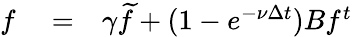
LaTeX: \begin{array}{rlr}{f}&{{}=}&{\gamma\widetilde{f}+(1-e^{-\nu\Delta t})Bf^{t}}\end{array}